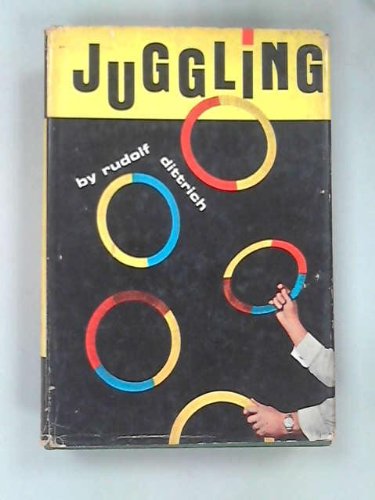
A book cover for Juggling; Rudolf Dittrich; Sports & Outdoors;